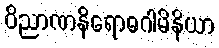
ဝိညာဏနိရောဓဂါမိနိယာ